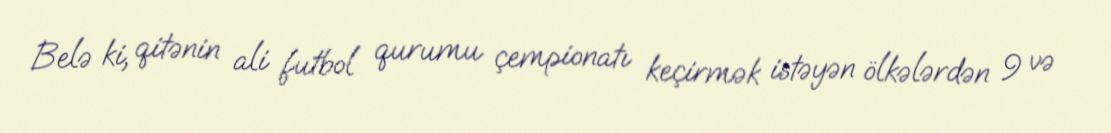
Belə ki, qitənin ali futbol qurumu çempionatı keçirmək istəyən ölkələrdən 9 və